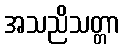
အသညိသတ္တာ